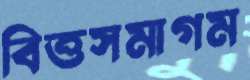
বিত্তসমাগম